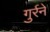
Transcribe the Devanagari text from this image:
गुर्रने